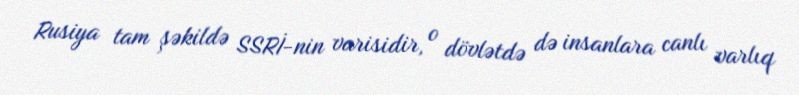
Rusiya tam şəkildə SSRİ-nin varisidir, o dövlətdə də insanlara canlı varlıq